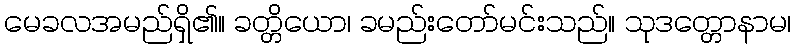
မေခလအမည်ရှိ၏။ ခတ္တိယော၊ ခမည်းတော်မင်းသည်။ သုဒတ္တောနာမ၊